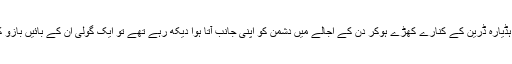
میجر شفقت بلوچ جب ہڈیارہ ڈرین کے کنارے کھڑے ہوکر دن کے اجالے میں دشمن کو اپنی جانب آتا ہوا دیکھ رہے تھے تو ایک گولی ان کے بائیں بازو کو چھو کر گزر گئی ۔